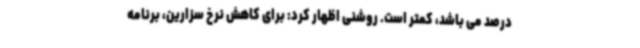
درصد می باشد، کمتر است. روشنی اظهار کرد: برای کاهش نرخ سزارین، برنامه